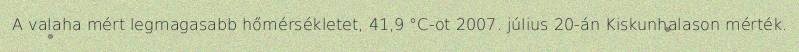
A valaha mért legmagasabb hőmérsékletet, 41,9 °C-ot 2007. július 20-án Kiskunhalason mérték.